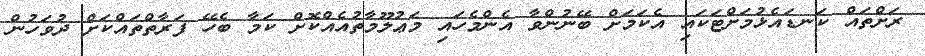
ރަށްތައް ކަނޑައެޅުމަށްޓަކައި އެކަމަށް ބޭނުންވާ އެންމެހައި މަޢުލޫމާތުއެއްކޮށް ކަމާ ބެހޭ ފަރާތްތައްކަށް ދުވަހުން